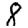
Digit: 8